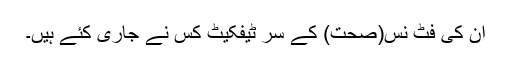
ان کی فٹ نس(صحت) کے سر ٹیفکیٹ کس نے جاری کئے ہیں۔